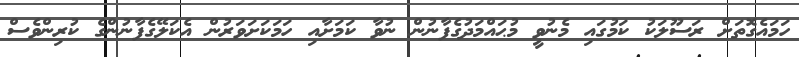
ހަމައެގޮތަށް ރަސޫލަކު ކަމުގައި މެނުވީ މުޙައްމަދުގެފާނުން ނުވާ ކަމަށާއި ހަމަކަށަވަރުން އެކަލޭގެފާނުންގެ ކުރިންވެސް